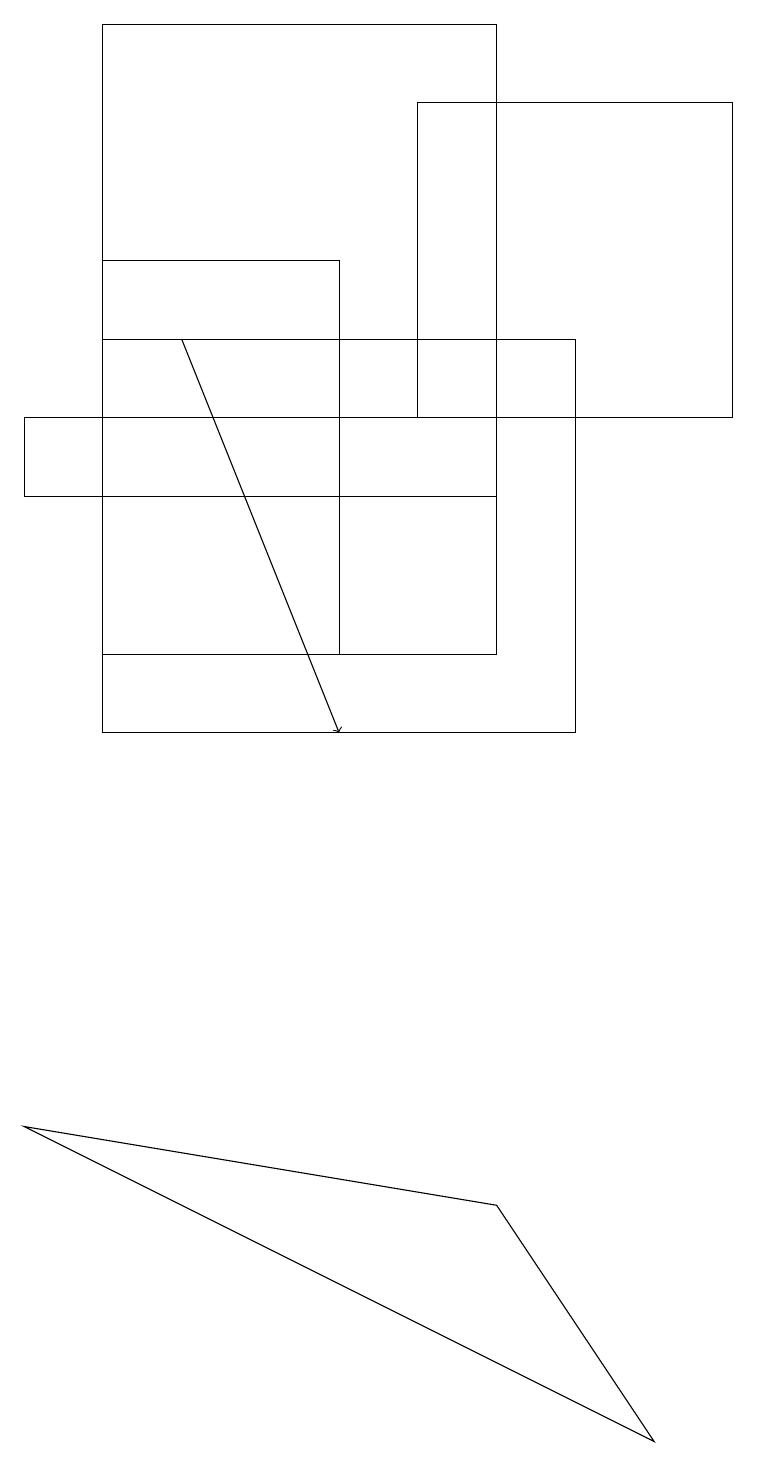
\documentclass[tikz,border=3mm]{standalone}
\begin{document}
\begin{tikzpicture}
\draw (7,10) rectangle (1,15);
\draw (0,13) rectangle (6,14);
\draw[->] (2,15) -- (4,10);
\draw (4,11) rectangle (1,16);
\draw (8,1) -- (6,4) -- (0,5) -- cycle;
\draw (1,19) rectangle (6,11);
\draw (5,18) rectangle (9,14);
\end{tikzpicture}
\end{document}